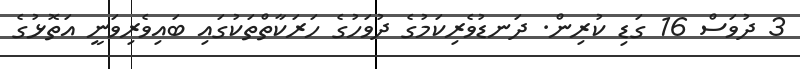
3 ދުވަސް 16 ގަޑި ކުރިން. ދަނޑުވެރިކަމުގެ ދުވަހުގެ ހަރަކާތްތަކުގައި ބައިވެރިވަނީ އަތޮޅުގެ